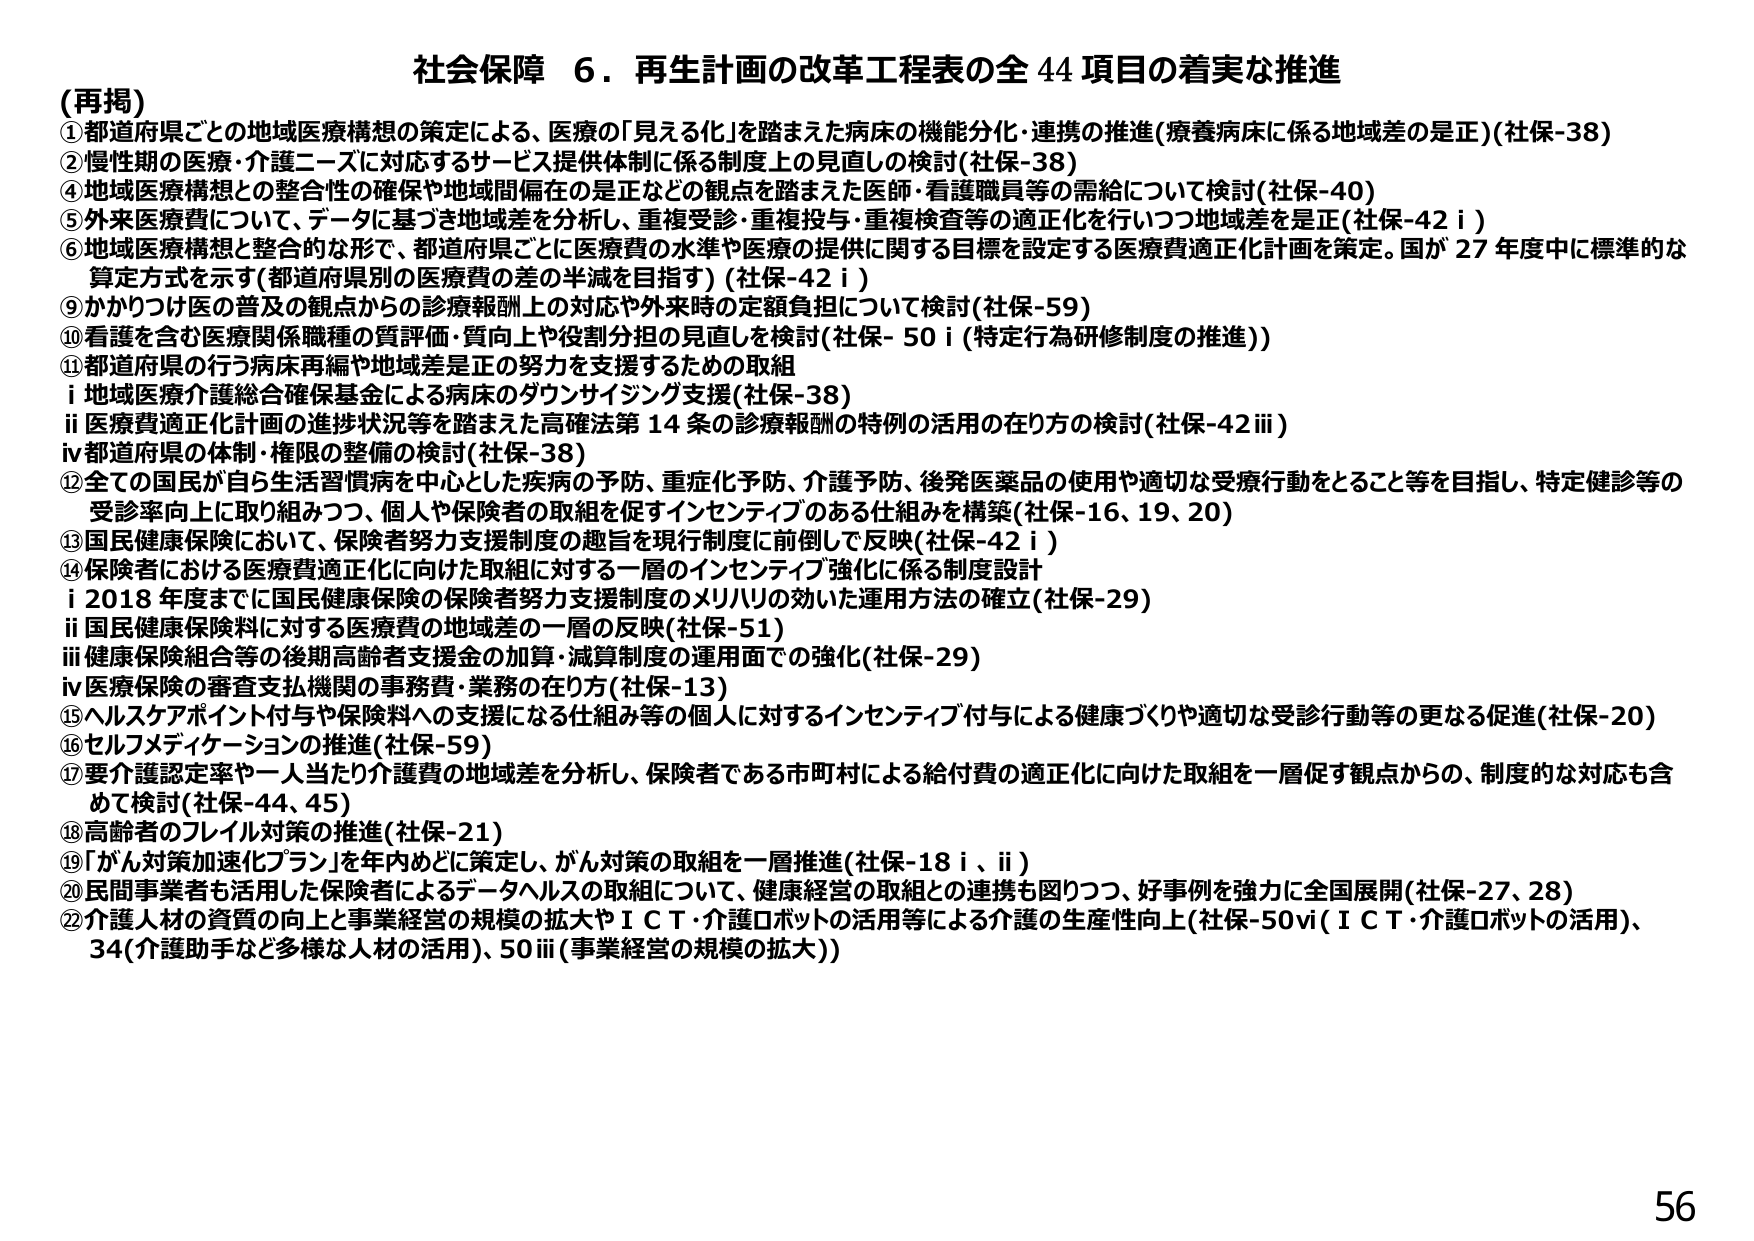
社会保障 6．再生計画の改革工程表の全 44 項目の着実な推進
（再掲）
①都道府県ごとの地域医療構想の策定による、医療の「見える化」を踏まえた病床の機能分化・連携の推進（療養病床に係る地域差の是正）（社保-38）
②慢性期の医療・介護ニーズに対応するサービス提供体制に係る制度上の見直しの検討（社保-38）
④地域医療構想との整合性の確保や地域間偏在の是正などの観点を踏まえた医師・看護職員等の需給について検討（社保-40）
⑤外来医療費について、データに基づき地域差を分析し、重複受診・重複投与・重複検査等の適正化を行いつつ地域差を是正（社保-42 i）
⑥地域医療構想と整合的な形で、都道府県ごとに医療費の水準や医療の提供に関する目標を設定する医療費適正化計画を策定。国が 27 年度中に標準的な算定方式を示す（都道府県別の医療費の差の半減を目指す）（社保-42 i）
⑨かかりつけ医の普及の観点からの診療報酬上の対応や外来時の定額負担について検討（社保-59）
⑩看護を含む医療関係職種の質評価・質向上や役割分担の見直しを検討（社保-50 i（特定行為研修制度の推進））
⑪都道府県の行う病床再編や地域差是正の努力を支援するための取組
　i 地域医療介護総合確保基金による病床のダウンサイジング支援（社保-38）
　ii 医療費適正化計画の進捗状況等を踏まえた高確法第 14 条の診療報酬の特例の活用の在り方の検討（社保-42 iii）
　iv 都道府県の体制・権限の整備の検討（社保-38）
⑫全ての国民が自ら生活習慣病を中心とした疾病の予防、重症化予防、介護予防、後発医薬品の使用や適切な受療行動をとること等を目指し、特定健診等の受診率向上に取り組みつつ、個人や保険者の取組を促すインセンティブのある仕組みを構築（社保-16、19、20）
⑬国民健康保険において、保険者努力支援制度の趣旨を現行制度に前倒しで反映（社保-42 i）
⑭保険者における医療費適正化に向けた取組に対する一層のインセンティブ強化に係る制度設計
　i 2018 年度までに国民健康保険の保険者努力支援制度のメリハリの効いた運用方法の確立（社保-29）
　ii 国民健康保険料に対する医療費の地域差の一層の反映（社保-51）
　iii 健康保険組合等の後期高齢者支援金の加算・減算制度の運用面での強化（社保-29）
　iv 医療保険の審査支払機関の事務費・業務の在り方（社保-13）
⑮ヘルスケアポイント付与や保険料への支援になる仕組み等の個人に対するインセンティブ付与による健康づくりや適切な受診行動等の更なる促進（社保-20）
⑯セルフメディケーションの推進（社保-59）
⑰要介護認定率や一人当たり介護費の地域差を分析し、保険者である市町村による給付費の適正化に向けた取組を一層促す観点からの、制度的な対応も含めて検討（社保-44、45）
⑱高齢者のフレイル対策の推進（社保-21）
⑲「がん対策加速化プラン」を年内めどに策定し、がん対策の取組を一層推進（社保-18 i、ii）
⑳民間事業者も活用した保険者によるデータヘルスの取組について、健康経営の取組との連携を図りつつ、好事例を強力に全国展開（社保-27、28）
㉒介護人材の資質の向上と事業経営の規模の拡大やＩＣＴ・介護ロボットの活用等による介護の生産性向上（社保-50 vi（ＩＣＴ・介護ロボットの活用）、34（介護助手など多様な人材の活用）、50 iii（事業経営の規模の拡大））
56